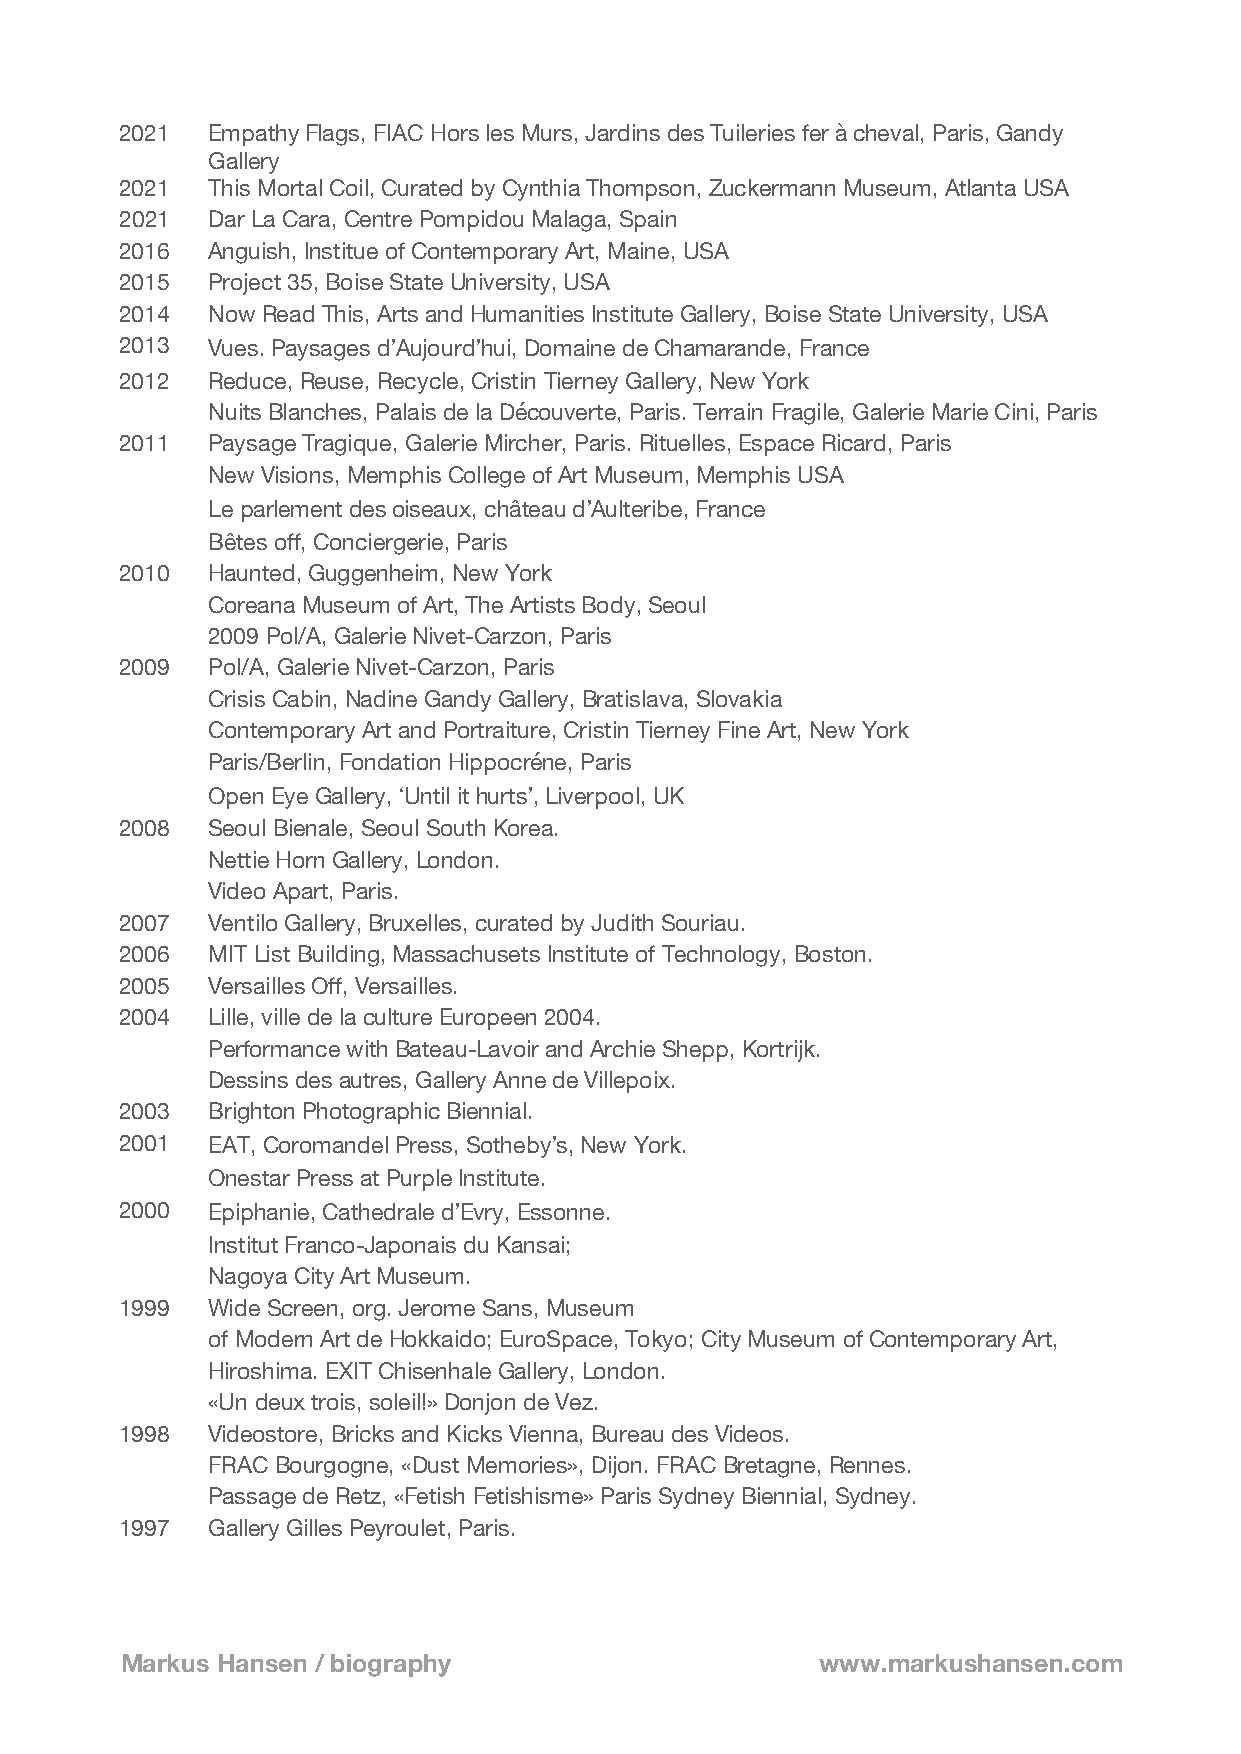
2021  Empathy Flags, FIAC Hors les Murs, Jardins des Tuileries fer à cheval, Paris, Gandy
 Gallery
 2021  This Mortal Coil, Curated by Cynthia Thompson, Zuckermann Museum, Atlanta USA
 2021  Dar La Cara, Centre Pompidou Malaga, Spain
 2016  Anguish, Institue of Contemporary Art, Maine, USA
 2015  Project 35, Boise State University, USA
 2014  Now Read This, Arts and Humanities Institute Gallery, Boise State University, USA
 2013  Vues. Paysages d!Aujourd!hui, Domaine de Chamarande, France
 2012  Reduce, Reuse, Recycle, Cristin Tierney Gallery, New York
 Nuits Blanches, Palais de la Découverte, Paris. Terrain Fragile, Galerie Marie Cini, Paris
 2011  Paysage Tragique, Galerie Mircher, Paris. Rituelles, Espace Ricard, Paris
 New Visions, Memphis College of Art Museum, Memphis USA
 Le parlement des oiseaux, château d!Aulteribe, France
 Bêtes off, Conciergerie, Paris
 2010  Haunted, Guggenheim, New York
 Coreana Museum of Art, The Artists Body, Seoul
 2009 Pol/A, Galerie Nivet-Carzon, Paris
 2009  Pol/A, Galerie Nivet-Carzon, Paris
 Crisis Cabin, Nadine Gandy Gallery, Bratislava, Slovakia
 Contemporary Art and Portraiture, Cristin Tierney Fine Art, New York
 Paris/Berlin, Fondation Hippocréne, Paris
 Open Eye Gallery, "Until it hurts!, Liverpool, UK
 2008  Seoul Bienale, Seoul South Korea.
 Nettie Horn Gallery, London.
 Video Apart, Paris.
 2007  Ventilo Gallery, Bruxelles, curated by Judith Souriau.
 2006  MIT List Building, Massachusets Institute of Technology, Boston.
 2005  Versailles Off, Versailles.
 2004  Lille, ville de la culture Europeen 2004.
 Performance with Bateau-Lavoir and Archie Shepp, Kortrijk.
 Dessins des autres, Gallery Anne de Villepoix.
 2003  Brighton Photographic Biennial.
 2001  EAT‚ Coromandel Press, Sotheby!s‚ New York.
 Onestar Press at Purple Institute.
 2000  Epiphanie, Cathedrale d!Evry, Essonne.
 Institut Franco-Japonais du Kansai;
 Nagoya City Art Museum.
 1999  Wide Screen‚ org. Jerome Sans, Museum
 of Modern Art de Hokkaido; EuroSpace, Tokyo; City Museum of Contemporary Art,
 Hiroshima. EXIT Chisenhale Gallery, London.
 «Un deux trois, soleil!» Donjon de Vez.
 1998  Videostore, Bricks and Kicks Vienna, Bureau des Videos.
 FRAC Bourgogne, «Dust Memories», Dijon. FRAC Bretagne, Rennes.
 Passage de Retz, «Fetish Fetishisme» Paris Sydney Biennial, Sydney.
 1997  Gallery Gilles Peyroulet, Paris.
 Markus Hansen / biography                     www.markushansen.com